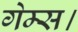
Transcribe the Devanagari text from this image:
गेम्स।